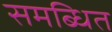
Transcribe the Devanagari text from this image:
समब्धित